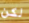
لكن